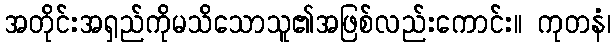
အတိုင်းအရှည်ကိုမသိသောသူ၏အဖြစ်လည်းကောင်း။ ကုတနံ၊